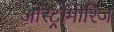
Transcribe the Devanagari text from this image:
ओस्ट्रोमीरिज